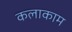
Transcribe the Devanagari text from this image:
कलाकाम